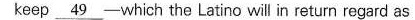
keep\underline{49}which the Latino will in return regard as